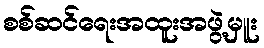
စစ်ဆင်ရေးအထူးအဖွဲ့မှူး